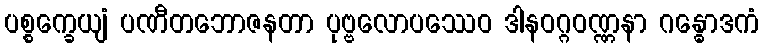
ပစ္စက္ခေယျံ ပဏီတဘောဇနတာ ပုဗ္ဗလောပဿေဝ ဒါနဝဂ္ဂဝဏ္ဏနာ ဂန္ဓောဒကံ